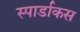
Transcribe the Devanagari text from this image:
स्पार्डाकस